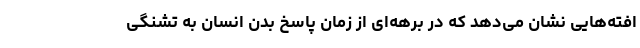
افته‌هایی نشان می‌دهد که در برهه‌ای از زمان پاسخ بدن انسان به تشنگی